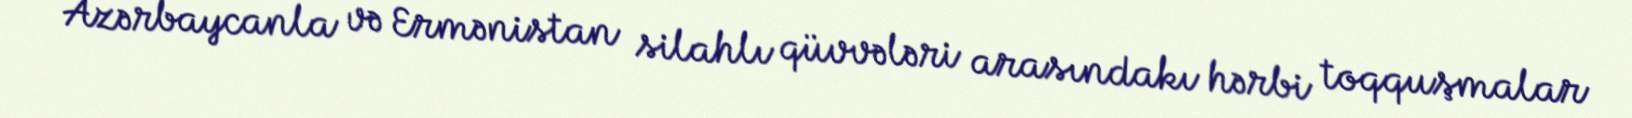
Azərbaycanla və Ermənistan silahlı qüvvələri arasındakı hərbi toqquşmalar